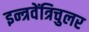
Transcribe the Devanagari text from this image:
इन्त्रवेंत्रिचुलर